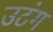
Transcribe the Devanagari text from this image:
उटंग